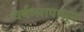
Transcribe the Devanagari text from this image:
वर्षभरापासून